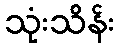
သုံးသိန်း